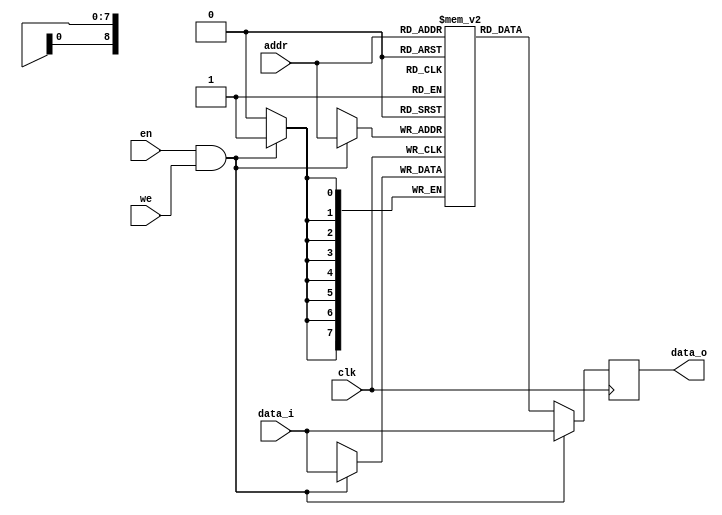
`timescale 1 ns / 1 ps
// =============================================================================
//  Program : sram.v
//  Date    :
// -----------------------------------------------------------------------------
//  Revision information:
//
//  Revised on Jul/21/2018.
// -----------------------------------------------------------------------------
//  Description:
//
//  An on-chip SRAM that should be synthesized into Block RAMs on FPGAs.
//
//  Target Platform : Xilinx KC705
//  Tool Versions   : Tested using Vivado 2018.2.
// -----------------------------------------------------------------------------
//  License information:
//
//  This software is released under the BSD-3-Clause Licence,
//  see https://opensource.org/licenses/BSD-3-Clause for details.
//  In the following license statements, "software" refers to the
//  "source code" of the complete hardware/software system.
//
//  Copyright 2020,
//                    Embedded Intelligent Systems Lab (EISL)
//                    Deparment of Computer Science
//                    National Chiao Tung Uniersity
//                    Hsinchu, Taiwan.
//
//  All rights reserved.
//
//  Redistribution and use in source and binary forms, with or without
//  modification, are permitted provided that the following conditions are met:
//
//  1. Redistributions of source code must retain the above copyright notice,
//     this list of conditions and the following disclaimer.
//
//  2. Redistributions in binary form must reproduce the above copyright notice,
//     this list of conditions and the following disclaimer in the documentation
//     and/or other materials provided with the distribution.
//
//  3. Neither the name of the copyright holder nor the names of its contributors
//     may be used to endorse or promote products derived from this software
//     without specific prior written permission.
//
//  THIS SOFTWARE IS PROVIDED BY THE COPYRIGHT HOLDERS AND CONTRIBUTORS "AS IS"
//  AND ANY EXPRESS OR IMPLIED WARRANTIES, INCLUDING, BUT NOT LIMITED TO, THE
//  IMPLIED WARRANTIES OF MERCHANTABILITY AND FITNESS FOR A PARTICULAR PURPOSE
//  ARE DISCLAIMED. IN NO EVENT SHALL THE COPYRIGHT HOLDER OR CONTRIBUTORS BE
//  LIABLE FOR ANY DIRECT, INDIRECT, INCIDENTAL, SPECIAL, EXEMPLARY, OR
//  CONSEQUENTIAL DAMAGES (INCLUDING, BUT NOT LIMITED TO, PROCUREMENT OF
//  SUBSTITUTE GOODS OR SERVICES; LOSS OF USE, DATA, OR PROFITS; OR BUSINESS
//  INTERRUPTION) HOWEVER CAUSED AND ON ANY THEORY OF LIABILITY, WHETHER IN
//  CONTRACT, STRICT LIABILITY, OR TORT (INCLUDING NEGLIGENCE OR OTHERWISE)
//  ARISING IN ANY WAY OUT OF THE USE OF THIS SOFTWARE, EVEN IF ADVISED OF THE
//  POSSIBILITY OF SUCH DAMAGE.
// =============================================================================

module sram #(parameter DATA_WIDTH = 8, ADDR_WIDTH = 9, RAM_SIZE = 512)
(
    input clk, input we, input en,
    input  [ADDR_WIDTH-1 : 0] addr,
    input  [DATA_WIDTH-1 : 0] data_i,
    output reg [DATA_WIDTH-1 : 0] data_o
);

// Declareation of the memory cells
reg [DATA_WIDTH-1 : 0] RAM [RAM_SIZE - 1:0];

// ------------------------------------
// SRAM read operation
// ------------------------------------
always@(posedge clk)
begin
    if (en & we)
        data_o <= data_i;
    else
        data_o <= RAM[addr];
end

// ------------------------------------
// SRAM write operation
// ------------------------------------
always@(posedge clk)
begin
    if (en & we)
        RAM[addr] <= data_i;
end

integer i;

initial
begin
    for (i = 0; i < RAM_SIZE; i = i+1) RAM[i]= 0;
end
endmodule